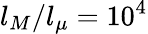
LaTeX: l_{M}/l_{\mu}=10^{4}